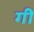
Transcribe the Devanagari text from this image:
गीं